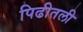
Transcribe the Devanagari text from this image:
पिढीतली